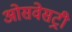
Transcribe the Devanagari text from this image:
ओसवेसट्री